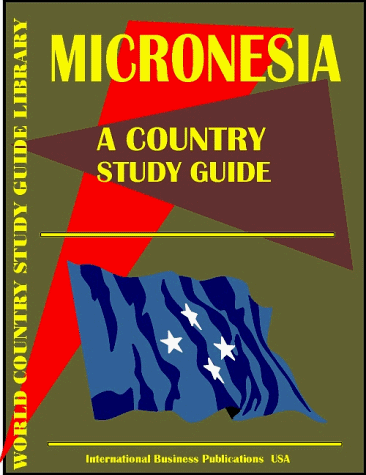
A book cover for Micronesia Country Study Guide (World Country Study Guide; Ibp Usa; Travel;